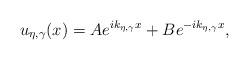
LaTeX: \begin{align*}u_{\eta,\gamma}(x) = A e^{i k_{\eta,\gamma} x} + B e^{-i k_{\eta,\gamma} x},\end{align*}